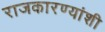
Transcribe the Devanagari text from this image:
राजकारण्यांशी